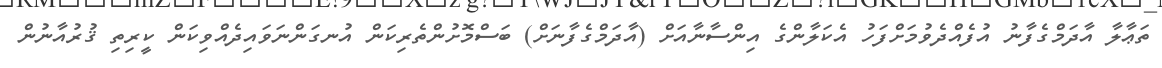
ތަޢާލާ އާދަމްގެފާނު އުފެއްދެވުމަށްފަހު އެކަލާންގެ އިންސާނާއަށް (އާދަމްގެފާނަށް) ބަސްމޮށުންތެރިކަން އުނގަންނަވައިދެއްވިކަން ކީރިތި ޤުރުއާނުން